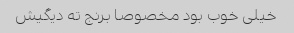
خیلی خوب بود مخصوصا برنج ته دیگیش